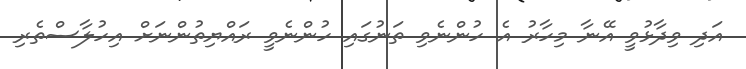
އަދި ވިދާޅުވީ އޭނާ މިހާރު އެ ހުންނެވި ތަނުގައި ހުންނެވީ ރައްޔިތުންނަށް އިހުލާސްތެރި